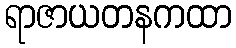
ရာဇာယတနကထာ